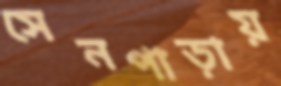
সেনপাড়ায়